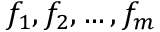
f _ { 1 } , f _ { 2 } , \dots , f _ { m }